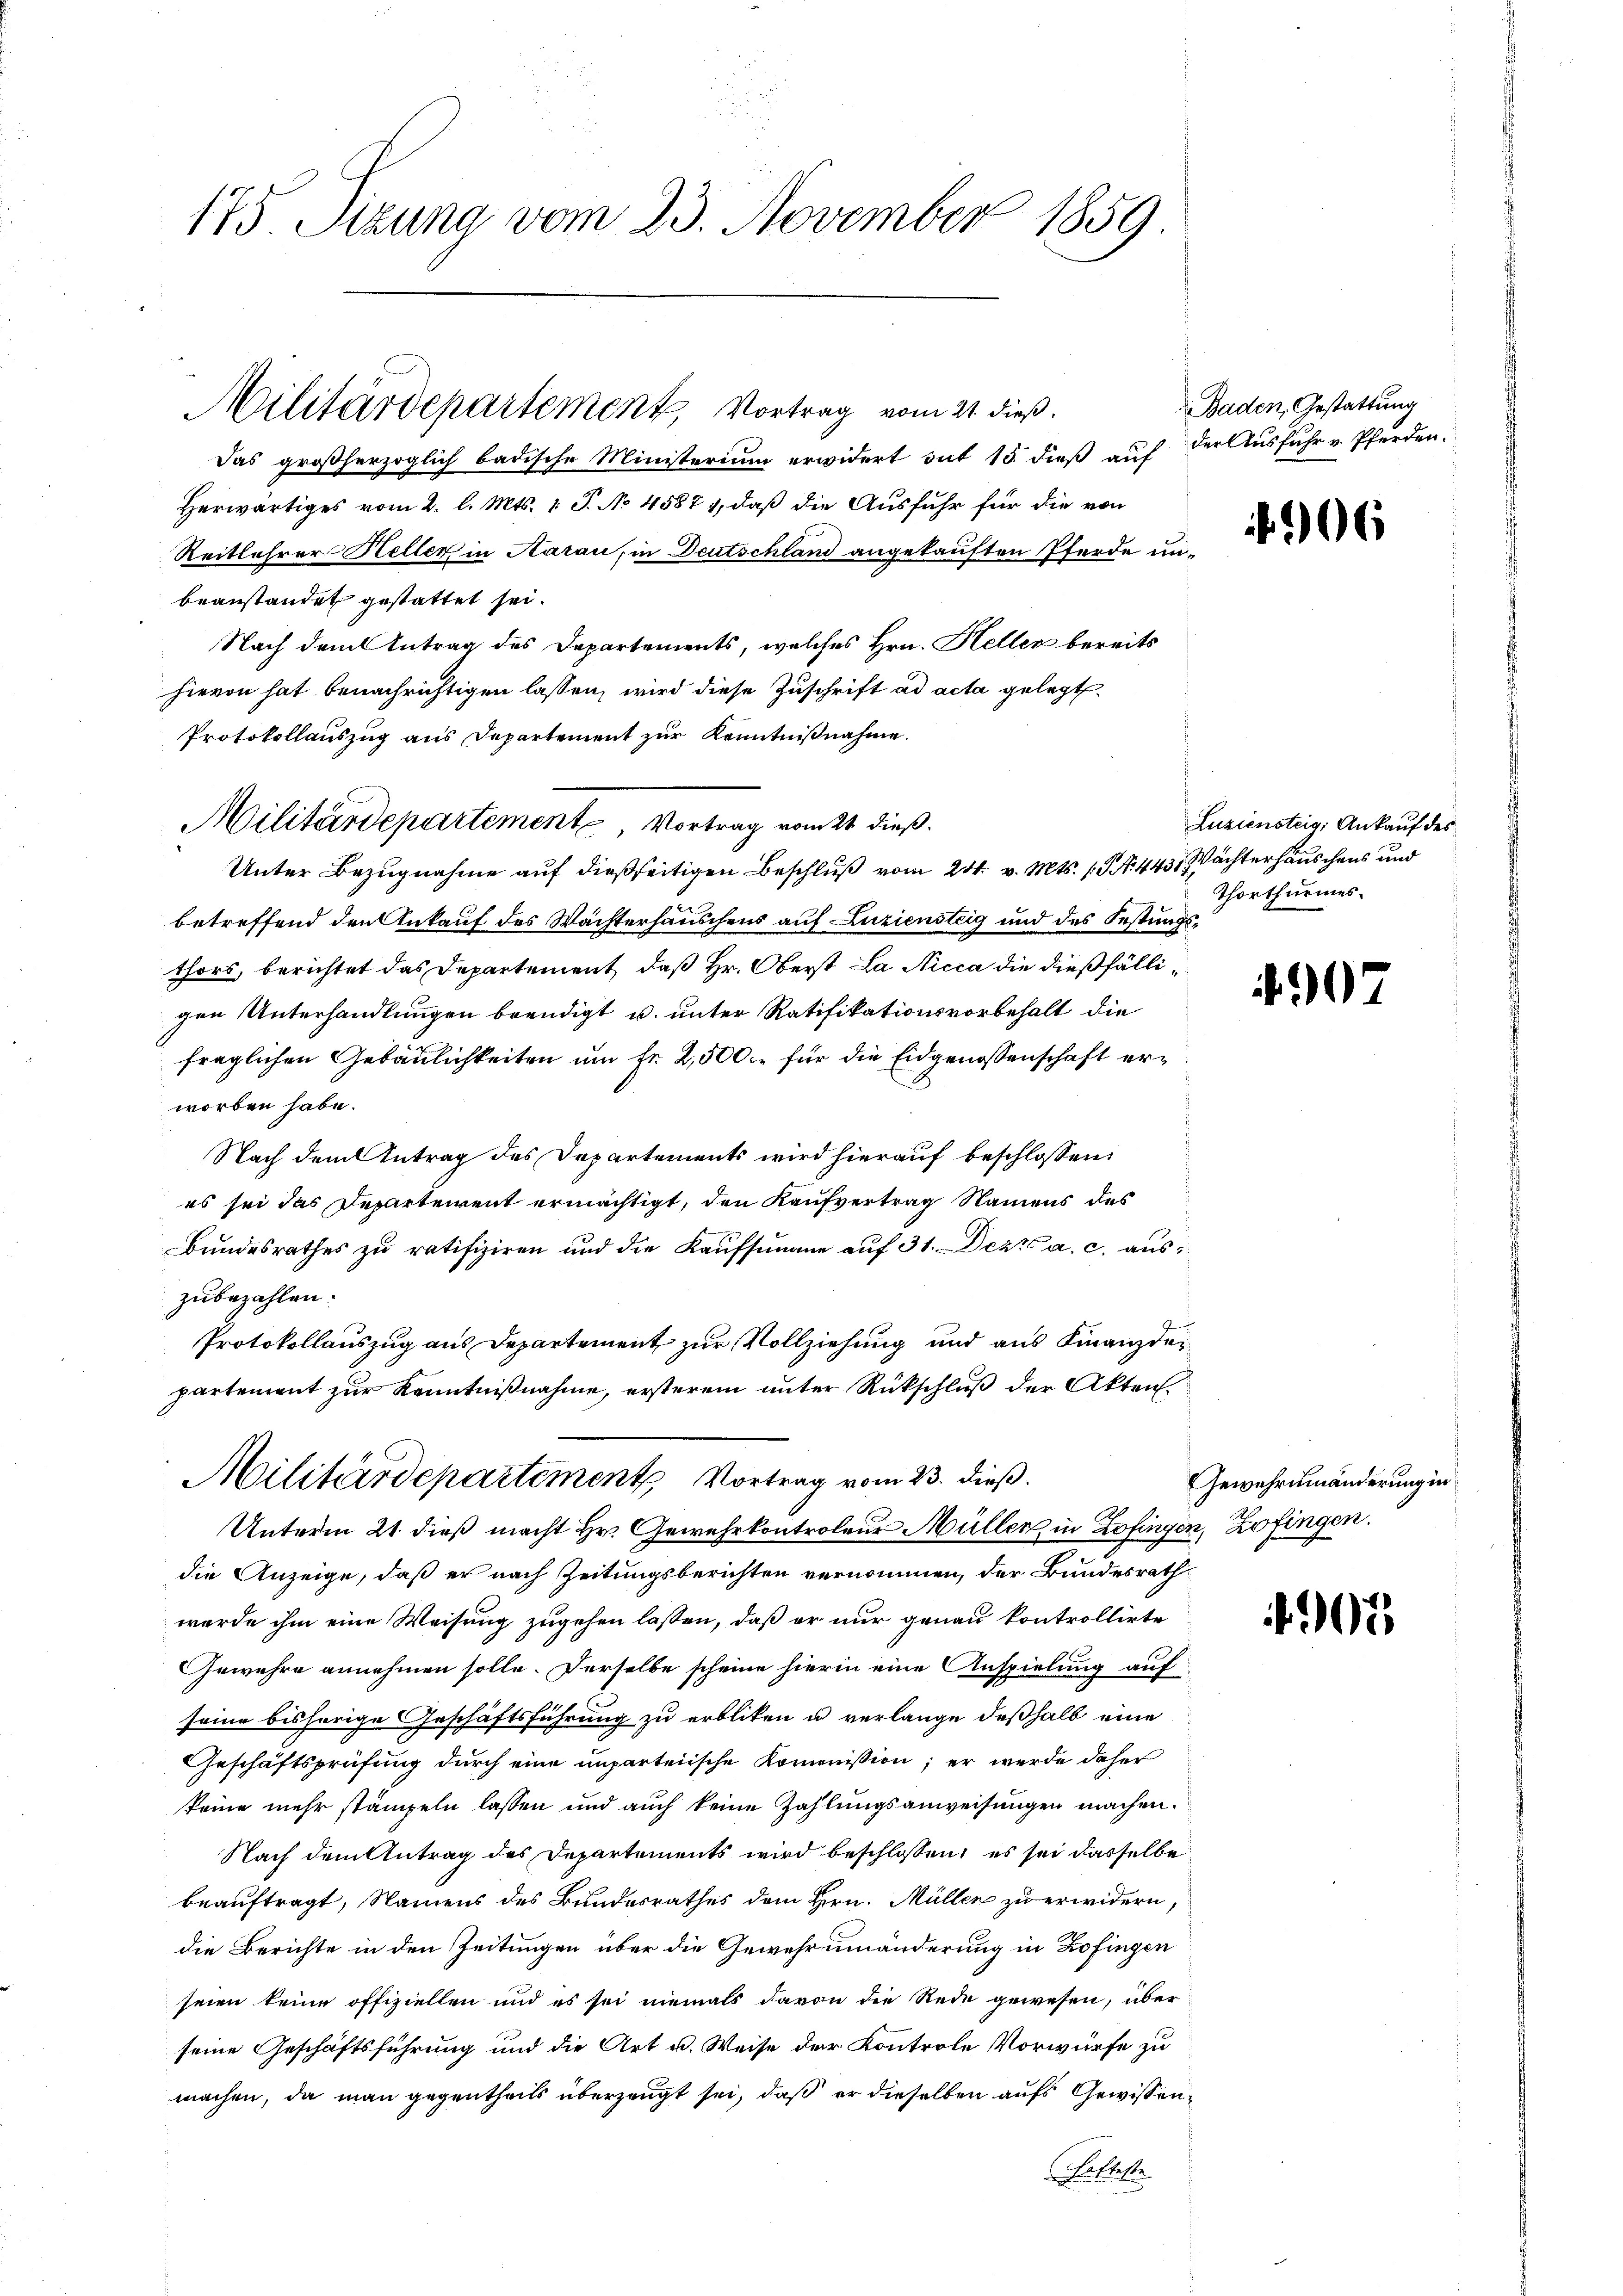
175 Sizung vom 23. November 1859

Das großherzoglich badische Ministerium erwidert mit 15. dieß auf der Ausfuhr v. Pferden.
Herwärtiges vom 2. l. Mts. 1 S. No 4587), daß die Ausfuhr für die von
Reitlehrer-Heller in Aarau, in Deutschland angekauften Pferde unbeanstandet gestattet sei.
Nach dem Antrag des Departements, welches Hrn. Heller bereits
hievon hat benachrichtigen lassen, wird diese Zuschrift ad acta gelegt.
Protokollauszug aus Departement zur Kenntnißnahme.
Unter Bezugnahme auf dießseitigen Beschluß vom 24. v. Mts. (T. 443, Wächterhäuschens und
betreffend den Ankauf des Wachterhäuschens auf Luziensteig und des Festungsthors, berichtet das Departement, daß Hr. Oberst la Nicca die dießfälligen Unterhandlungen beendigt u. unter Ratifikationsvorbehalt die
fraglichen Gebäulichkeiten um Fr. 2,500. für die Eidgenossenschaft erworben habe.
Nach dem Antrag des Departements wird hierauf beschlossen:
es sei das Departeient ermächtigt, den Kaufvertrag Namens des
Bundesrathes zu ratifiziren und die Kaufsumane auf 31. Dez. a. c. auszubezahlen.
Protokollauszug aus Departement zur Vollziehung und aus Finanzdepartement zur Kenntnißnahme, ersterem unter Rückschluß der Akten.
Militärdepartement Vortrag vom 23. dieß.
Unterm 21. dieß macht Hr. Gewehrkontroleur Müller in Zofingen, Zofingen.
die Anzeige, daß er nach Zeitungsberichten vernommen, der Bundesrath
werde ihm eine Weisung zugehen lassen, daß er nur genau kontrollirte
Gewähre annehmen solle. Derselbe scheine hierin eine Anspielung auf
seine bisherige Geschäftsführung zu erbliken u verlange deßhalb eine
Geschäftsprüfung durch eine unparteiische Kommission; er werde daher
keine mehr stämpeln lassen und auch keine Zahlungsanweisungen machen.
Nach dem Antrag des Departements wird beschlossen, es sei dasselbe
beauftragt, Namens des Bundesrathes dem Hrn. Müller zu erwidern,
die Berichte in den Zeitungen über die Gewehrumänderung in Zofingen
seien keine offiziellen und es sei niemals davon die Rede gewesen, über
seine Geschäftsführung und die Art u. Weise der Kontrole Vorwürfe zu
machen, da man gegentheils überzeugt sei, daß er dieselben aufs Gewissen¬
Falteste

Militärdepartement, Vortrag vom 21. dieß.

Militärdepartement Vortrag vom 21. dieß.

Baden, Gestattung

i

Luziensteig, Ankauf des
Thorthurmes

0

06

Gewehrumänderung in

07